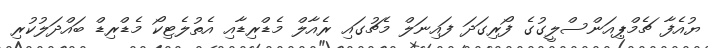
ޔުއެފާ ޗެމްޕިއަންސްލީގުގެ ފޯރިގަދަ ފައިނަލް މެޗުގައި ރެއާލް މެޑްރިޑާއި އެތުލެޓިކޯ މެޑްރިޑް ބައްދަލުކުރި